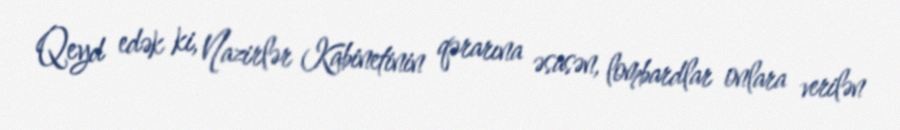
Qeyd edək ki, Nazirlər Kabinetinin qərarına əsasən, lombardlar onlara verilən